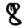
Digit: 8